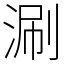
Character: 涮